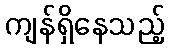
ကျန်ရှိနေသည့်